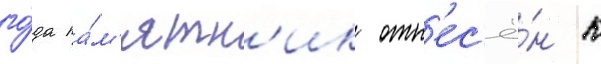
го́да па́м'ятн'ик отн'ес'ё́н к